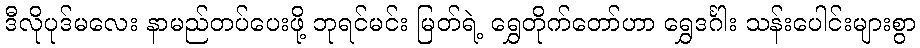
ဒီလိုပုဒ်မလေး နာမည်တပ်ပေးဖို့ ဘုရင်မင်း မြတ်ရဲ့ ရွှေတိုက်တော်ဟာ ရွှေဒင်္ဂါး သန်းပေါင်းများစွာ